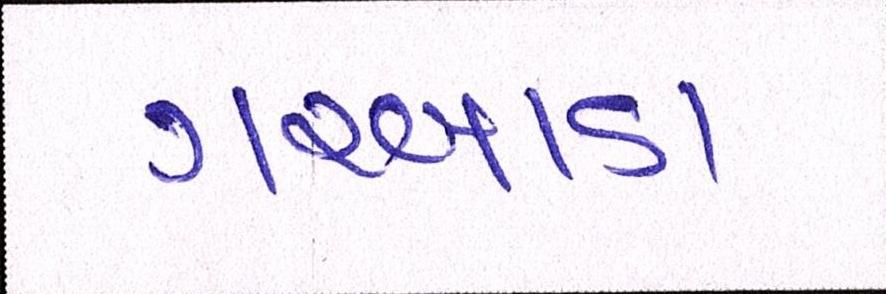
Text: ગરબાડા